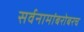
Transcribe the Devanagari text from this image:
सर्वनामांबरोबरच